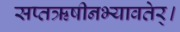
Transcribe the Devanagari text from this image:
सप्तऋषीनभ्यावतेर्।